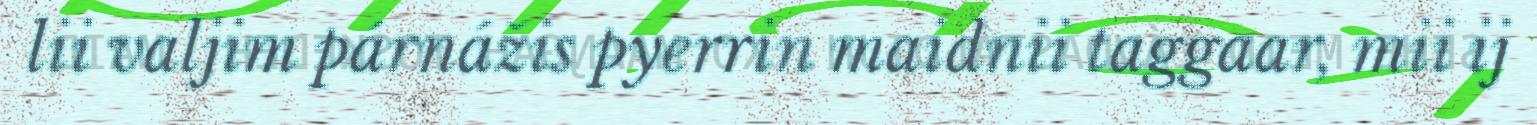
lii valjim párnážis pyerrin maidnii taggaar, mii ij